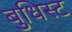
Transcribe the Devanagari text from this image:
बुधिस्ट